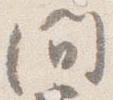
間